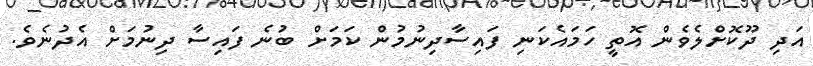
އަދި ދޫކޮށްލެވެން އޮތީ ހަމައެކަނި ފައިސާދިނުމުން ކަމަށް ބުނެ ފައިސާ ދިނުމަށް އެދުނެވެ.